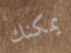
يمكنك